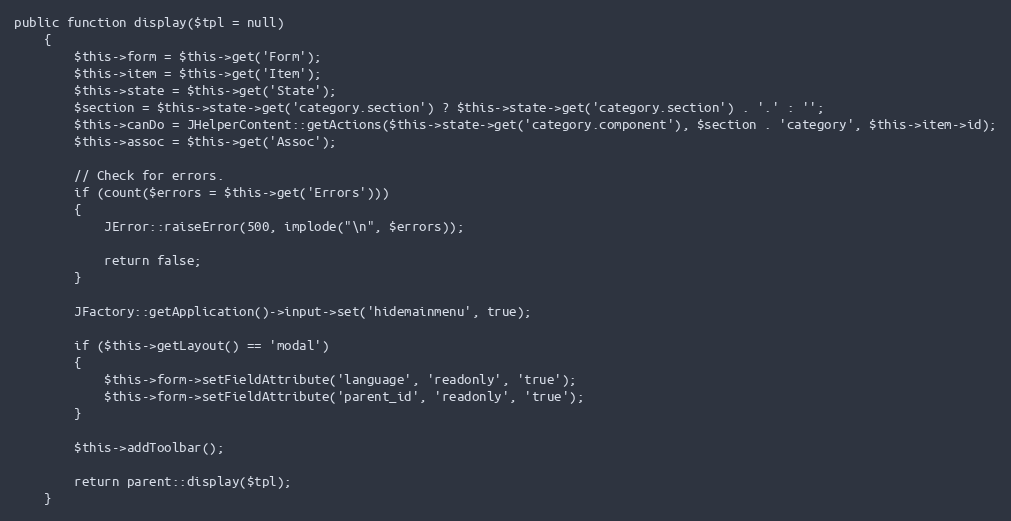
Language: PHP
public function display($tpl = null)
	{
		$this->form = $this->get('Form');
		$this->item = $this->get('Item');
		$this->state = $this->get('State');
		$section = $this->state->get('category.section') ? $this->state->get('category.section') . '.' : '';
		$this->canDo = JHelperContent::getActions($this->state->get('category.component'), $section . 'category', $this->item->id);
		$this->assoc = $this->get('Assoc');

		// Check for errors.
		if (count($errors = $this->get('Errors')))
		{
			JError::raiseError(500, implode("\n", $errors));

			return false;
		}

		JFactory::getApplication()->input->set('hidemainmenu', true);

		if ($this->getLayout() == 'modal')
		{
			$this->form->setFieldAttribute('language', 'readonly', 'true');
			$this->form->setFieldAttribute('parent_id', 'readonly', 'true');
		}

		$this->addToolbar();

		return parent::display($tpl);
	}